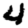
Digit: 4